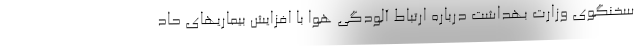
سخنگوی وزارت بهداشت درباره ارتباط آلودگی هوا با افزایش بیماریهای حاد